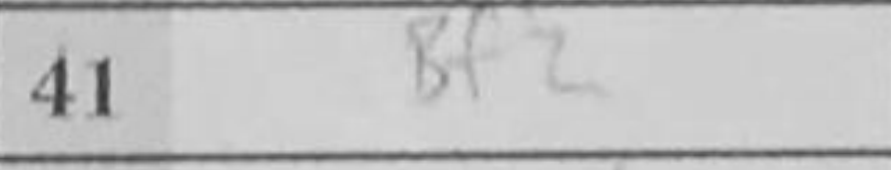
Transcription: Bf2